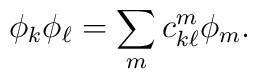
\phi_k\phi_\ell=\sum_m c_{k\ell}^m \phi_m.